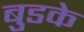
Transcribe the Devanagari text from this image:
बुडके